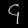
Digit: ၄